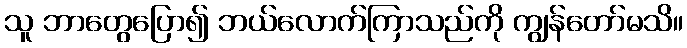
သူ ဘာတွေပြော၍ ဘယ်လောက်ကြာသည်ကို ကျွန်တော်မသိ။